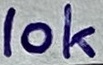
Text: 10k